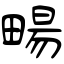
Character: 畼